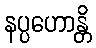
နပ္ပဟောန္တိ